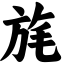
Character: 旄